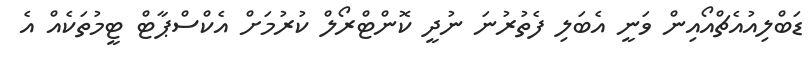
ޑަބްލިއުއެޗްއޯއިން ވަނީ އެބަލި ފެތުރުނަ ނުދީ ކޮންޓްރޯލް ކުރުމަށް އެކްސްޕާޓް ޓީމުތަކެއް އެ